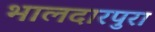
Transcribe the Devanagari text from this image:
भालदारपुरा